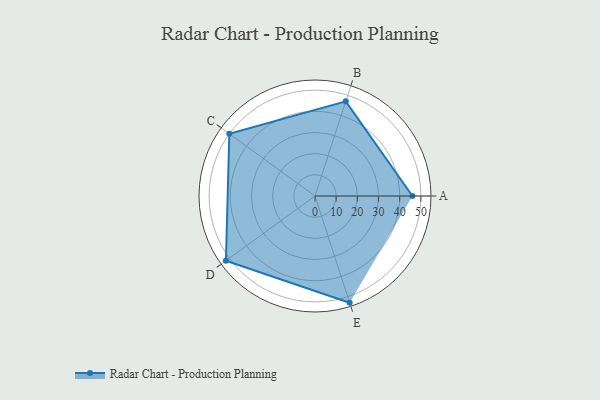
{"axis": {"x": "Skill", "y": "Score"}, "legend": ["Profile"], "data": [{"x": "A", "y": 46.0, "type": "Profile"}, {"x": "B", "y": 47.0, "type": "Profile"}, {"x": "C", "y": 50.0, "type": "Profile"}, {"x": "D", "y": 52.0, "type": "Profile"}, {"x": "E", "y": 53.0, "type": "Profile"}]}